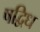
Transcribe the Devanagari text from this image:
षद्विध